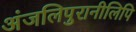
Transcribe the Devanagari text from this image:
अंजलिपुरानीलिपि